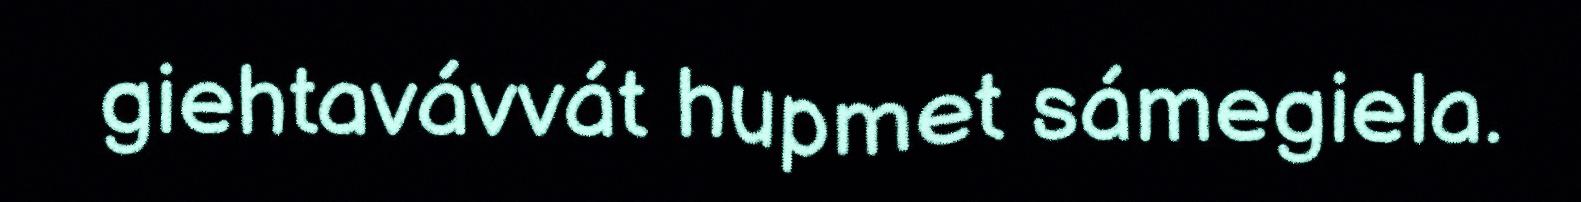
giehtavávvát hupmet sámegiela.